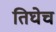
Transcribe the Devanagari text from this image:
तिघेच